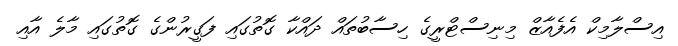
އިސްލާމިކް އެފެއާޒް މިނިސްޓްރީގެ ހިސާބުތައް ދައްކާ ގޮތުގައި ފަގީރުންގެ ގޮތުގައި މާލެ އާއި